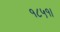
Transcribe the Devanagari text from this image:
१८५१।